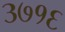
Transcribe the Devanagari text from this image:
३७१६